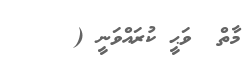
މާތް  ވަޙީ ކުރައްވަނީ (